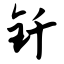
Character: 钎